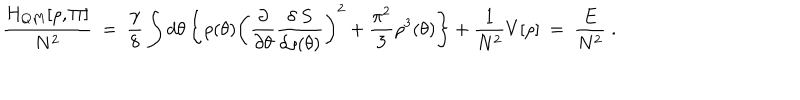
LaTeX: \frac { H _ { Q M } [ \rho , \Pi ] } { N ^ { 2 } } ~ = ~ \frac { \gamma } { 8 } \int d \theta \left\{ \rho ( \theta ) \left( \frac { \partial } { \partial \theta } \frac { \delta ~ S } { \delta \rho ( \theta ) } \right) ^ { 2 } + \frac { \pi ^ { 2 } } { 3 } \rho ^ { 3 } ( \theta ) \right\} + \frac { 1 } { N ^ { 2 } } V [ \rho ] ~ = ~ \frac { E } { N ^ { 2 } } \; .